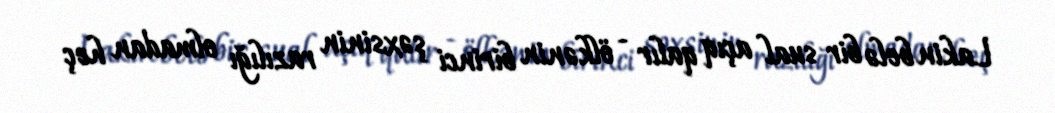
Lakin belə bir sual açıq qalır - ölkənin birinci şəxsinin razılığı olmadan heç